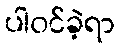
ပါဝင်ခဲ့ရာ